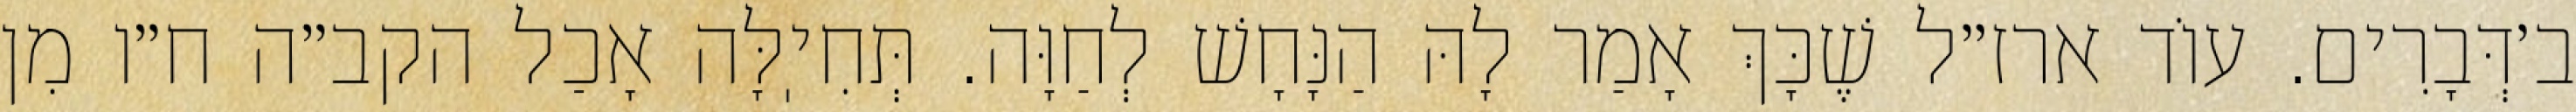
ב׳דְּבָרִים. עוֹד ארז״ל שֶׁכָּךְ אָמַר לָהּ הַנָּחָשׁ לְחַוָּה. תְּחִיֽלָּה אָכַל הקב״ה ח״ו מִן